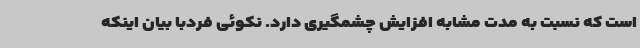
است که نسبت به مدت مشابه افزایش چشمگیری دارد. نکوئی فردبا بیان اینکه